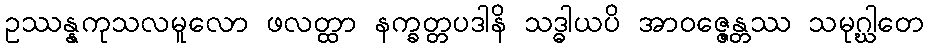
ဥဿန္နကုသလမူလော ဖလတ္ထာ နက္ခတ္တပဒါနိ သဒ္ဓါယပိ အာဝဇ္ဇေန္တဿ သမုဂ္ဃါတေ